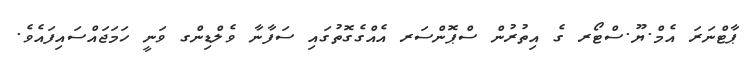
ޕާޓްނަރަ އެމް.ޔޫ.ސްޓޯރ ގެ އިތުރުން ސްޕޮންސަރ އެއްގެގޮތުގައި ސަފާނާ ވެލްޑިންގ ވަނީ ހަމަޖައްސައިފައެވެ.